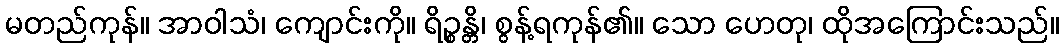
မတည်ကုန်။ အာဝါသံ၊ ကျောင်းကို။ ရိဉ္စန္တိ၊ စွန့်ရကုန်၏။ သော ဟေတု၊ ထိုအကြောင်းသည်။